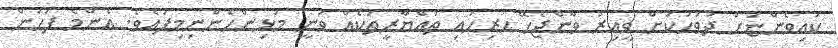
ކައިވެންޏަށް ދުވަހަކަށް ވީއިރު ވާންޖެހޭ ހުރިހައި ތައްޔާރީތަކެއް ވަނީ މުޅިންހެންނިމިފައެވެ. އެންމެ ފަހުން